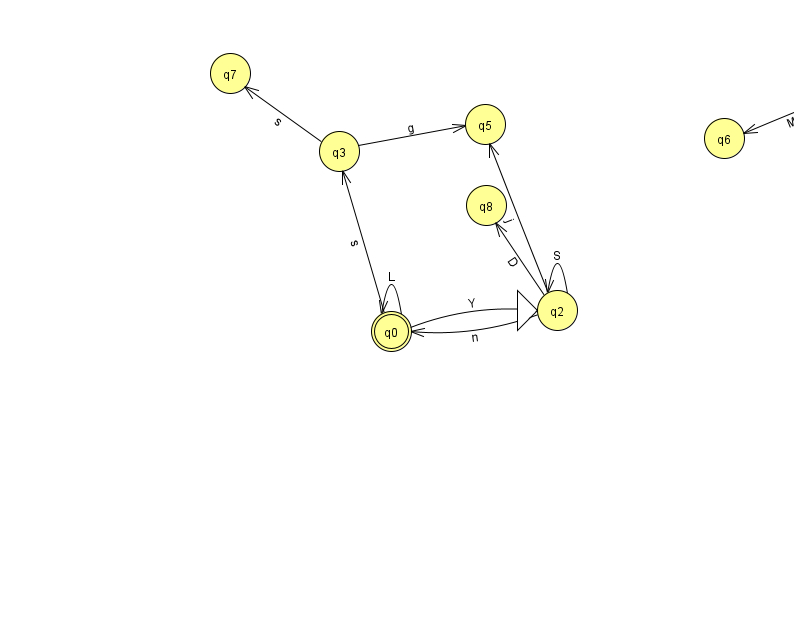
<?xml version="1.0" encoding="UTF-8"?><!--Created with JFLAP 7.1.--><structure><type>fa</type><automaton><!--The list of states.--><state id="0" name="q0"><x>391.0</x><y>318.0</y><final/></state><state id="1" name="q1"><x>850.0</x><y>74.0</y></state><state id="2" name="q2"><x>557.0</x><y>297.0</y><initial/></state><state id="3" name="q3"><x>339.0</x><y>138.0</y></state><state id="4" name="q4"><x>965.0</x><y>50.0</y></state><state id="5" name="q5"><x>485.0</x><y>111.0</y></state><state id="6" name="q6"><x>724.0</x><y>125.0</y></state><state id="7" name="q7"><x>230.0</x><y>60.0</y></state><state id="8" name="q8"><x>486.0</x><y>192.0</y></state><!--The list of transitions.--><transition><from>1</from><to>6</to><read>M</read></transition><transition><from>2</from><to>2</to><read>S</read></transition><transition><from>2</from><to>8</to><read>D</read></transition><transition><from>3</from><to>7</to><read>s</read></transition><transition><from>4</from><to>1</to><read>d</read></transition><transition><from>0</from><to>3</to><read>s</read></transition><transition><from>2</from><to>0</to><read>n</read></transition><transition><from>0</from><to>0</to><read>L</read></transition><transition><from>3</from><to>5</to><read>g</read></transition><transition><from>0</from><to>2</to><read>Y</read></transition><transition><from>2</from><to>5</to><read>j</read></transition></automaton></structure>